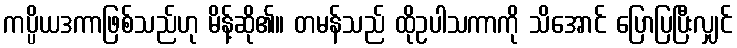
ကပ္ပိယဒကာဖြစ်သည်ဟု မိန့်ဆို၏။ တမန်သည် ထိုဥပါသကာကို သိအောင် ပြောပြပြီးလျှင်